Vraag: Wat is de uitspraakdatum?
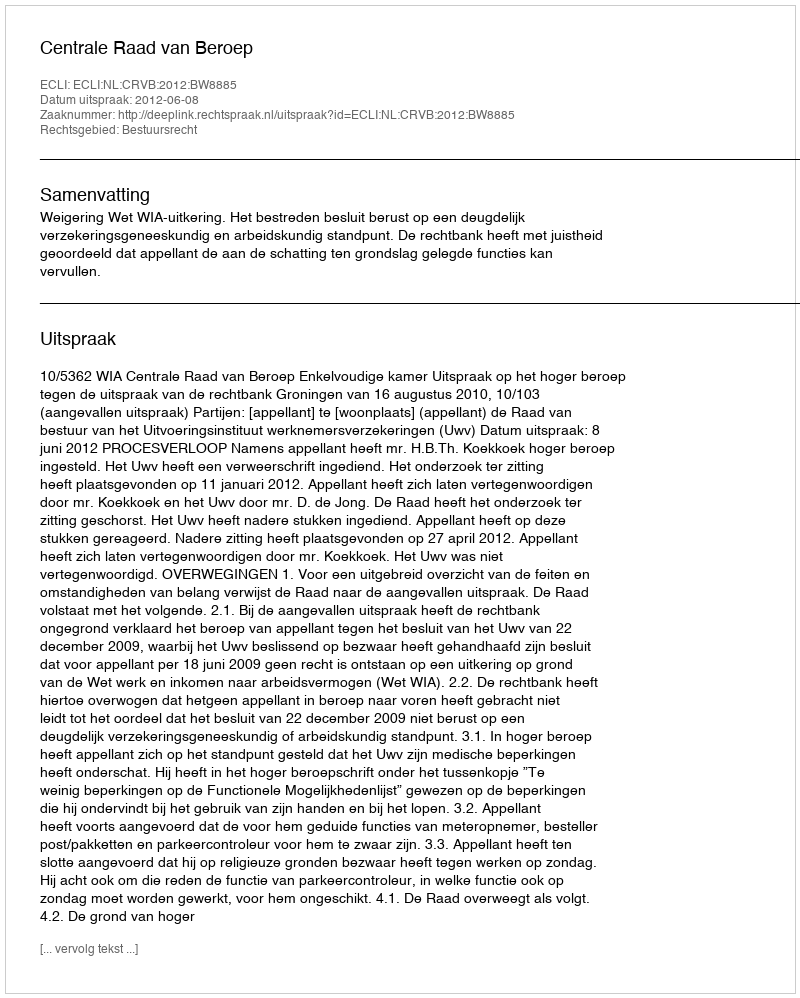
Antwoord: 2012-06-08